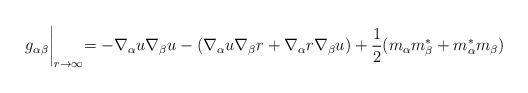
LaTeX: \begin{align*}g_{\alpha\beta}\biggl|_{r\to\infty}=-\nabla_{\alpha}u\nabla_{\beta}u-(\nabla_{\alpha}u\nabla_{\beta}r+\nabla_{\alpha}r\nabla_{\beta}u)+\frac{1}{2}(m_{\alpha}m^*_{\beta}+m^*_{\alpha}m_{\beta})\end{align*}